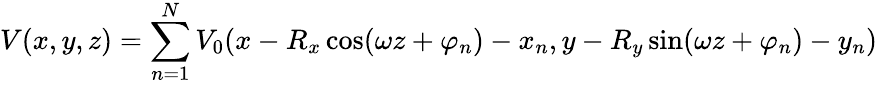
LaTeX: V(x,y,z)=\sum_{n=1}^{N}V_{0}(x-R_{x}\cos(\omega z+\varphi_{n})-x_{n},y-R_{y}\sin(\omega z+\varphi_{n})-y_{n})